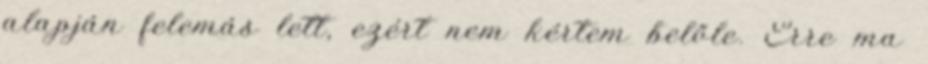
alapján felemás lett, ezért nem kértem belőle. Erre ma